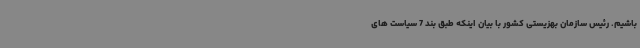
باشیم. رئیس سازمان بهزیستی کشور با بیان اینکه طبق بند 7 سیاست های